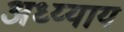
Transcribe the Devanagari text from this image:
अध्य्याय